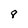
Character: 8